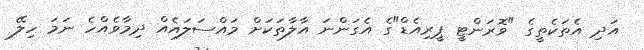
އަދި އެތަކެތީގެ "ވޮރަންޓީ ޕީރިއެޑް"ގެ އެގަންނަ އާލާތަކަށް މައްސަލައެއް ދިމާވެއްހެ ނަމަ ހިލޭ